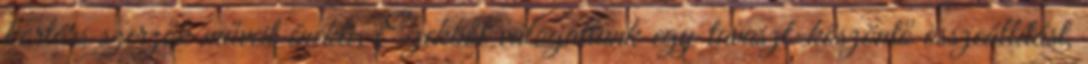
kortárs szerzők műveit énekli. Ezekből válogattunk egy tavaszt-köszöntő összeállítást,